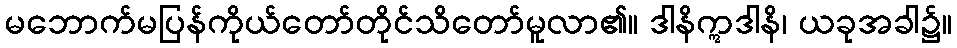
မဘောက်မပြန်ကိုယ်တော်တိုင်သိတော်မူလာ၏။ ဒါနိဣဒါနိ၊ ယခုအခါ၌။